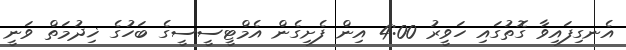
އެނގިފައިވާ ގޮތުގައި ހަވީރު 4:00 އިން ފެށިގެން އެމްޓީސީސީގެ ބަހުގެ ޚިދުމަތް ވަނީ